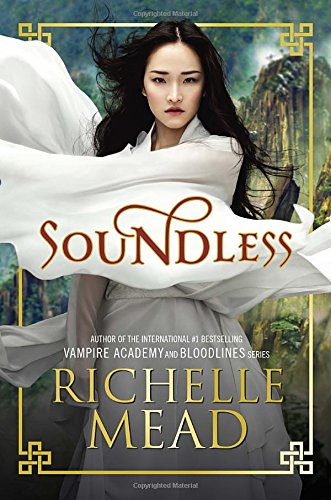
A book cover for Soundless; Richelle Mead; Teen & Young Adult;